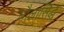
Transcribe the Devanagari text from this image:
धौलासिद्ध